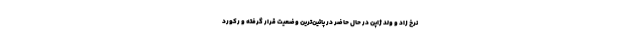
نرخ زاد و ولد ژاپن در حال حاضر در پائین‌ترین وضعیت قرار گرفته و رکورد